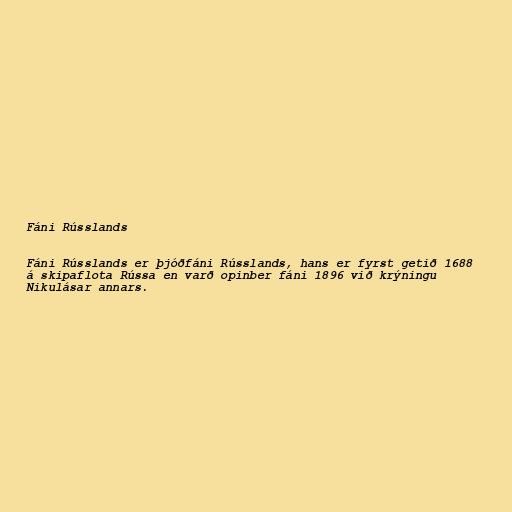
Fáni Rússlands

Fáni Rússlands er þjóðfáni Rússlands, hans er fyrst getið 1688
á skipaflota Rússa en varð opinber fáni 1896 við krýningu
Nikulásar annars.